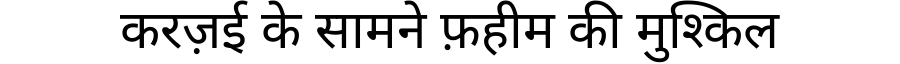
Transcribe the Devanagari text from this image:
करज़ई के सामने फ़हीम की मुश्किल